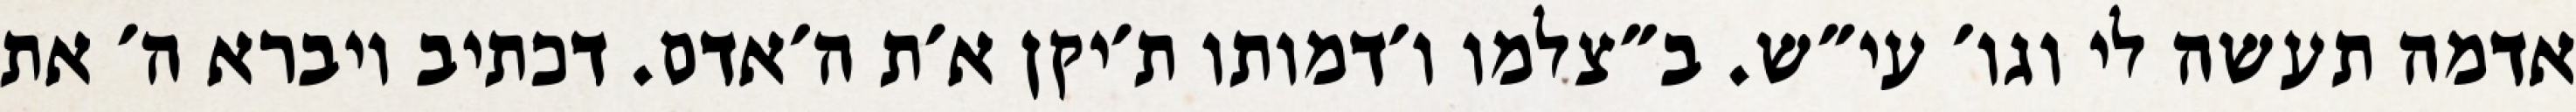
אדמה תעשה לי וגו׳ עי״ש. ב״צלמו ו׳דמותו ת׳יקן א׳ת ה׳אדם. דכתיב ויברא ה׳ את